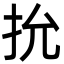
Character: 抁